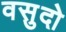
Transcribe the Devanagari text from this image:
वसुदो